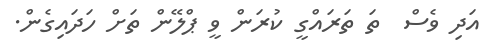
އަދި ވެސް  ތަ ތަރައްގީ ކުރަން ވީ ޕްލޭން ތަށް ހަދައިގެން.